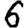
Digit: 6